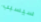
سيسبب